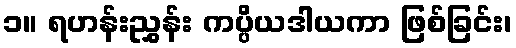
၁။ ရဟန်းညွှန်း ကပ္ပိယဒါယကာ ဖြစ်ခြင်း၊